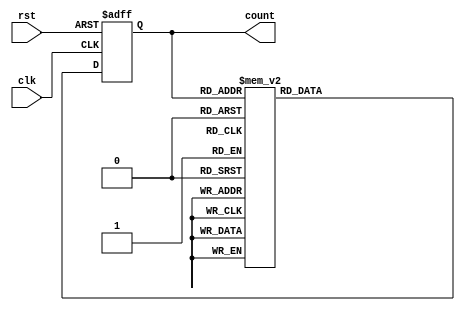
module johnson_gray_counter (
  input wire clk,
  input wire rst,
  output reg [3:0] count
);

reg [3:0] next_count;

always @(posedge clk or posedge rst) begin
  if (rst) begin
    count <= 4'b0000;
  end else begin
    count <= next_count;
  end
end

always @(*) begin
  case (count)
    4'b0000: next_count = 4'b0001;
    4'b0001: next_count = 4'b0011;
    4'b0011: next_count = 4'b0010;
    4'b0010: next_count = 4'b0110;
    4'b0110: next_count = 4'b0100;
    4'b0100: next_count = 4'b1100;
    4'b1100: next_count = 4'b1000;
    4'b1000: next_count = 4'b1001;
    4'b1001: next_count = 4'b1011;
    4'b1011: next_count = 4'b1010;
    4'b1010: next_count = 4'b1110;
    4'b1110: next_count = 4'b1101;
    4'b1101: next_count = 4'b0101;
    4'b0101: next_count = 4'b0111;
    4'b0111: next_count = 4'b0011;
    4'b0011: next_count = 4'b0001;
    default: next_count = 4'b0000;
  endcase
end

endmodule